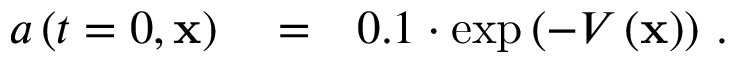
\begin{array} { r l r } { a \left( t = 0 , \mathbf { x } \right) } & { { } = } & { 0 . 1 \cdot \exp \left( - V \left( \mathbf { x } \right) \right) \, . } \end{array}